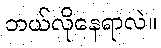
ဘယ်လိုနေရာလဲ။